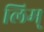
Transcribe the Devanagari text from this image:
लिम्‌